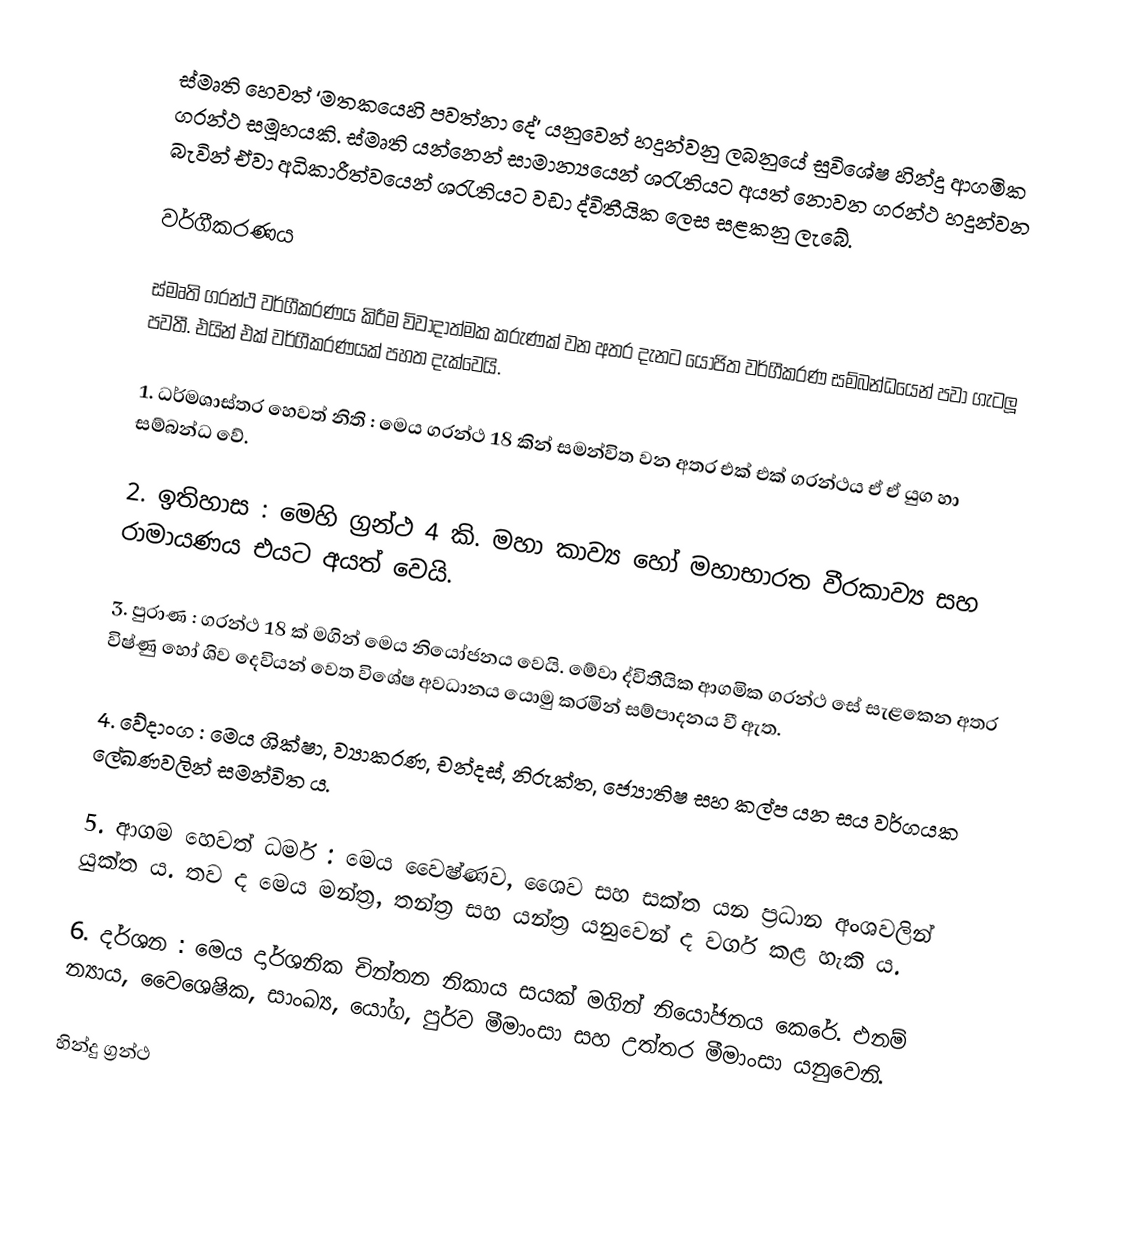
ස්මෘති හෙවත් ‘මතකයෙහි පවත්නා දේ’ යනුවෙන් හදුන්වනු ලබනුයේ සුවිශේෂ හින්දු ආගමික ග‍්‍රන්ථ සමූහයකි. ස්මෘති යන්නෙන් සාමාන්‍යයෙන් ශ‍්‍රැතියට අයත් නොවන ග‍්‍රන්ථ හදුන්වන බැවින් ඒවා අධිකාරීත්වයෙන් ශ‍්‍රැතියට වඩා  ද්විතීයික ලෙස සළකනු ලැබේ.

වර්ගීකරණය

ස්මෘති ග‍්‍රන්ථ වර්ගීකරණය කිරීම විවාදාත්මක කරුණක් වන අතර දැනට යෝජිත වර්ගීකරණ සම්බන්ධයෙන් පවා ගැටලූ පවතී. එයින් එක් වර්ගීකරණයක් පහත දැක්වෙයි.

1. ධර්මශාස්ත‍්‍ර හෙවත් නිති : මෙය ග‍්‍රන්ථ 18 කින් සමන්විත වන අතර එක් එක් ග‍්‍රන්ථය ඒ ඒ යුග හා සම්බන්ධ වේ.

2. ඉතිහාස : මෙහි ග‍්‍රන්ථ 4 කි. මහා කාව්‍ය හෝ මහාභාරත වීරකාව්‍ය සහ රාමායණය එයට අයත් වෙයි.

3. පුරාණ : ග‍්‍රන්ථ 18 ක් මගින් මෙය නියෝජනය වෙයි. මේවා ද්විතීයික ආගමික ග‍්‍රන්ථ සේ සැළකෙන අතර විෂ්ණු හෝ ශිව දෙවියන් වෙත විශේෂ අවධානය යොමු කරමින් සම්පාදනය වී ඇත.

4. වේදාංග : මෙය ශික්ෂා, ව්‍යාකරණ, චන්දස්, නිරුක්ත, ජ්‍යොතිෂ සහ කල්ප යන සය වර්ගයක ලේඛණවලින් සමන්විත ය.

5. ආගම හෙවත් ධර්ම : මෙය වෛෂ්ණව, ශෛව සහ සක්ත යන ප‍්‍රධාන අංශවලින් යුක්ත ය. තව ද මෙය මන්ත‍්‍ර, තන්ත‍්‍ර සහ යන්ත‍්‍ර යනුවෙන් ද වර්ග කළ හැකි ය.

6. දර්ශන : මෙය දාර්ශනික චින්තන නිකාය සයක් මගින් නියෝජනය කෙරේ. එනම් න්‍යාය, වෛශෙෂික, සාංඛ්‍ය, යෝග, පුර්ව මීමාංසා සහ උත්තර මීමාංසා යනුවෙනි.

හින්දු ග්‍රන්ථ